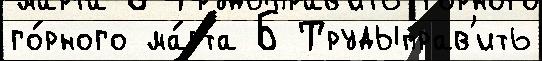
го́рного ма́рта Б Трудыправ'ить